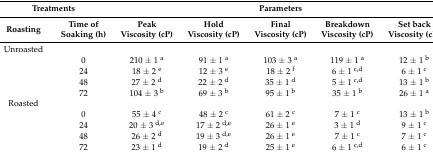
| <COLSPAN=2> Treatments | <COLSPAN=5> Parameters |
 | Roasting | Time of Soaking (h) | Peak Viscosity (cP) | Hold Viscosity (cP) | Final Viscosity (cP) | Breakdown Viscosity (cP) | Set back Viscosity (cP) |
 | --- | --- | --- | --- | --- | --- | --- |
 | Unroasted |  |  |  |  |  |  |
 |  | 0 | 210 ± 1 a | 91 ± 1 a | 103 ± 3 a | 119 ± 1 a | 12 ± 1 b |
 |  | 24 | 18 ± 2 e | 12 ± 3 e | 18 ± 2 f | 6 ± 1 c,d | 6 ± 1 c |
 |  | 48 | 27 ± 2 d | 22 ± 2 d | 35 ± 1 d | 5 ± 1 c,d | 13 ± 1 b |
 |  | 72 | 104 ± 3 b | 69 ± 3 b | 95 ± 1 b | 35 ± 1 b | 26 ± 1 a |
 | Roasted |  |  |  |  |  |  |
 |  | 0 | 55 ± 4 c | 48 ± 2 c | 61 ± 2 c | 7 ± 1 c | 13 ± 1 b |
 |  | 24 | 20 ± 3 d,e | 17 ± 2 d,e | 26 ± 1 e | 3 ± 1 d | 9 ± 1 c |
 |  | 48 | 26 ± 2 d | 19 ± 3 d,e | 26 ± 1 e | 7 ± 1 c | 7 ± 1 c |
 |  | 72 | 23 ± 1 d | 19 ± 2 d | 25 ± 1 e | 6 ± 1 c,d | 6 ± 1 c |